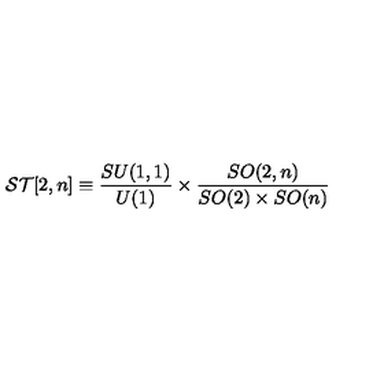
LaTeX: { \cal S T } [ 2 , n ] \equiv \frac { S U ( 1 , 1 ) } { U ( 1 ) } \times \frac { S O ( 2 , n ) } { S O ( 2 ) \times S O ( n ) }